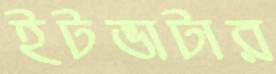
ইটভাটার